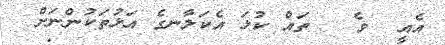
އެއީ  ވެ   ތައް ކުޅަ އެކަލާނގެ އަޅުތަކުންނަށް